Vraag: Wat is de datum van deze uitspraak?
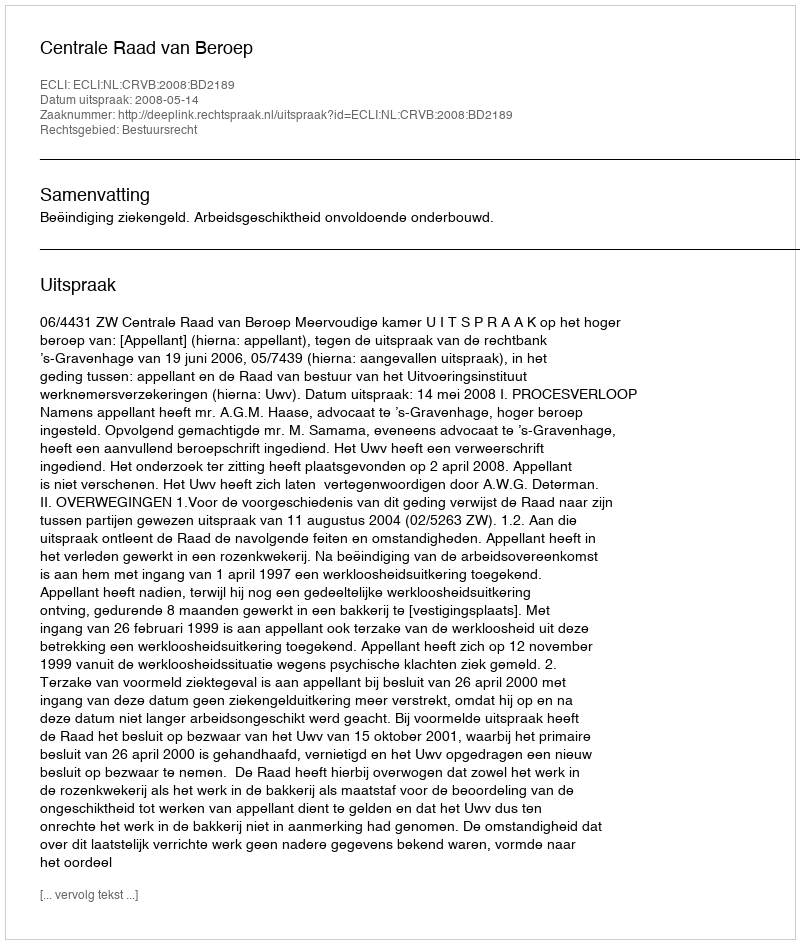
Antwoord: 2008-05-14